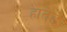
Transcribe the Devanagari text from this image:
हातेड